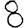
Digit: 8